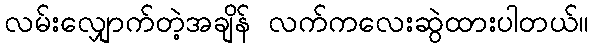
လမ်းလျှောက်တဲ့အချိန် လက်ကလေးဆွဲထားပါတယ်။